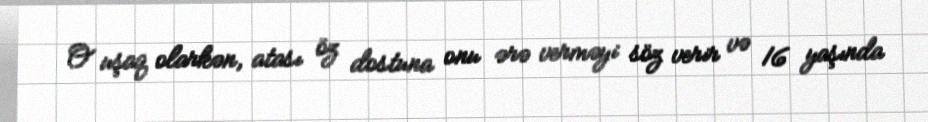
O uşaq olarkən, atası öz dostuna onu ərə verməyi söz verir və 16 yaşında